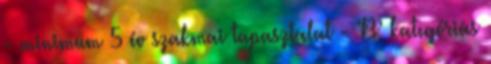
- minimum 5 év szakmai tapasztalat - ’B’ kategóriás